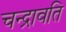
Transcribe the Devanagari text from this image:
चन्द्रावति